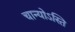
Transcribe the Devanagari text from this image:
चान्योऽस्ति